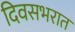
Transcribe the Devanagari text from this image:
दिवसभरात